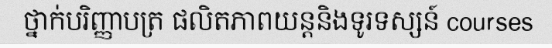
ថ្នាក់បរិញ្ញាបត្រ ផលិតភាពយន្តនិងទូរទស្សន៍ courses